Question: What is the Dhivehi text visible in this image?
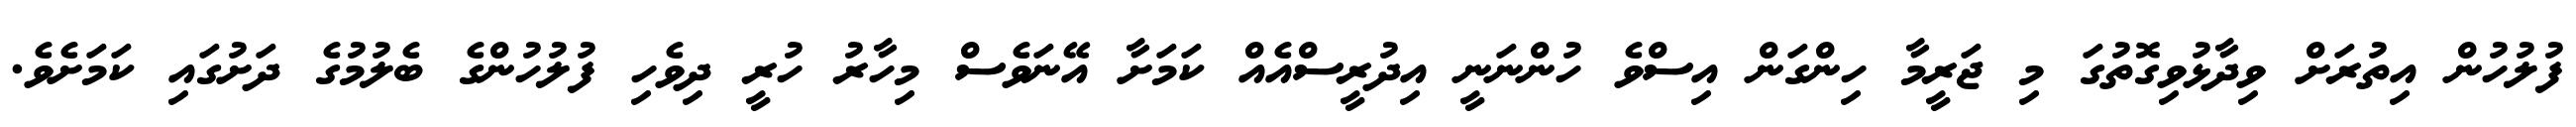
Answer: ފުލުހުން އިތުރަށް ވިދާޅުވިގޮތުގަ މި ޖަރީމާ ހިންގަން އިސްވެ ހުންނަނީ އިދުރީސްއެއް ކަމަށާ އޭނަވެސް މިހާރު ހުރީ ދިވެހި ފުލުހުންގެ ބެލުމުގެ ދަށުގައި ކަމަށެވެ.